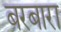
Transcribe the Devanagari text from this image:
बरबारा